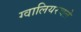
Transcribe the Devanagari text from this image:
ग्वालियरचले